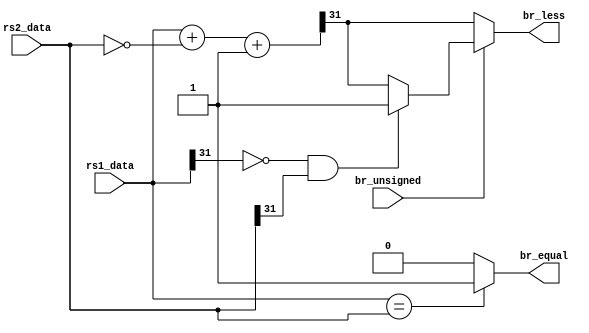
module brcomp (
    input wire [31:0] rs1_data, // First operand (A)
    input wire [31:0] rs2_data, // Second operand (B)
    input wire br_unsigned, // 1 if the comparison is unsigned
    output reg br_less, // 1 if A < B
    output reg br_equal // 1 if A = B
);

reg [31:0] difference;

always @(*) begin

    br_equal = (rs1_data == rs2_data) ? 1 : 0;
    difference = rs1_data + (~rs2_data) + 1;
    if (br_unsigned) begin
        br_less = (rs1_data[31] == 0 && rs2_data[31] == 1) ? 1 :
                  (rs1_data[31] == 1 && rs1_data[31] == 0) ? 0 : difference[31];
    end else begin
        br_less = difference[31];
    end
end
endmodule